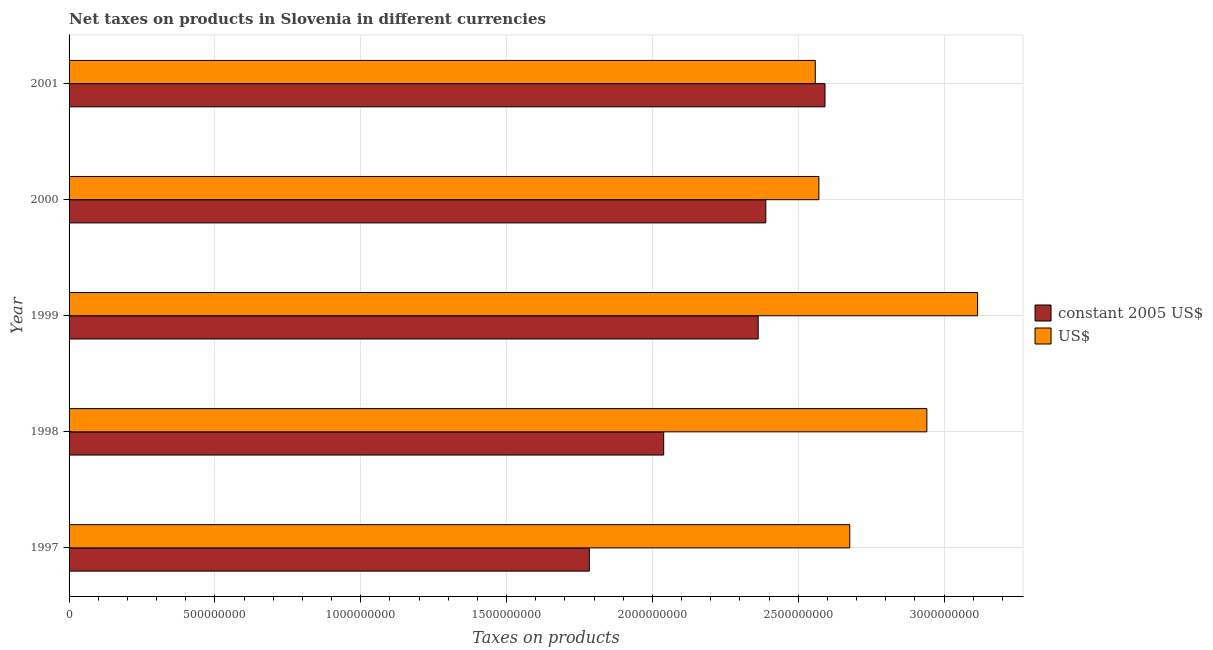
| Year | constant 2005 US$ | US$ |
 | --- | --- | --- |
 | 1997 | 1.78e+09 | 2.68e+09 |
 | 1998 | 2.04e+09 | 2.94e+09 |
 | 1999 | 2.36e+09 | 3.12e+09 |
 | 2000 | 2.39e+09 | 2.57e+09 |
 | 2001 | 2.59e+09 | 2.56e+09 |